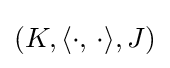
(K,\langle \cdot ,\,\cdot \rangle ,J)